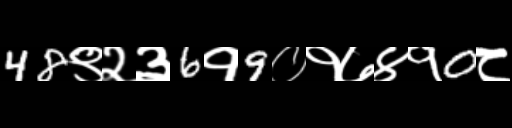
Text: 48९२३6१9०१७४१0८